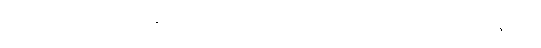
စိတ်အားထက်သန်နေသည့် သူ့လေသံကြောင့် ဟေယံ အံ့ဩသွား သည်။